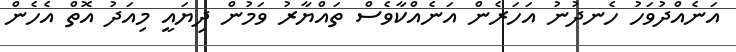
އަނެއްދުވަހު ހެނދުނު އަހަރެން އަނެއްކާވެސް ތައްޔާރު ވަމުން ދިޔައީ މިއަދު އޮތް އެހެން